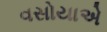
વસોયાએ